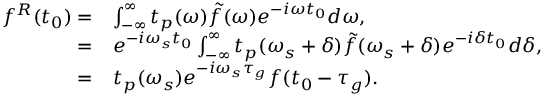
\begin{array} { r l } { f ^ { R } ( t _ { 0 } ) = } & { \int _ { - \infty } ^ { \infty } t _ { p } ( \omega ) \tilde { f } ( \omega ) e ^ { - i \omega t _ { 0 } } d \omega , } \\ { = } & { e ^ { - i \omega _ { s } t _ { 0 } } \int _ { - \infty } ^ { \infty } t _ { p } ( \omega _ { s } + \delta ) \tilde { f } ( \omega _ { s } + \delta ) e ^ { - i \delta t _ { 0 } } d \delta , } \\ { = } & { t _ { p } ( \omega _ { s } ) e ^ { - i \omega _ { s } \tau _ { g } } f ( t _ { 0 } - \tau _ { g } ) . } \end{array}